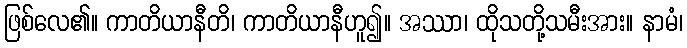
ဖြစ်လေ၏။ ကာတိယာနီတိ၊ ကာတိယာနီဟူ၍။ အဿာ၊ ထိုသတို့သမီးအား။ နာမံ၊